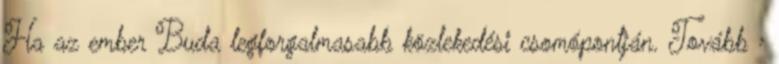
Ha az ember Buda legforgalmasabb közlekedési csomópontján. Tovább ›